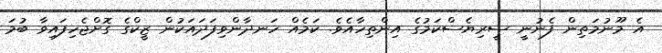
އެ މޫނުމަތިން ފެނުނީ ސީރިޔެސްކަމުގެ އިންތިހާއެވެ. ކަމެއް ހަނދާންވިފަދައަކުން ޒީކްގެ ގޮށްޖެހިފައިވާ ބުމަ